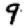
Digit: 9